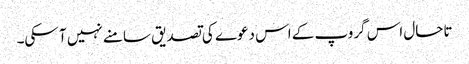
تاحال اس گروپ کے اس دعوے کی تصدیق سامنے نہیں آ سکی۔